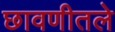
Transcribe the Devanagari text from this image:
छावणीतले